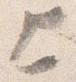
上